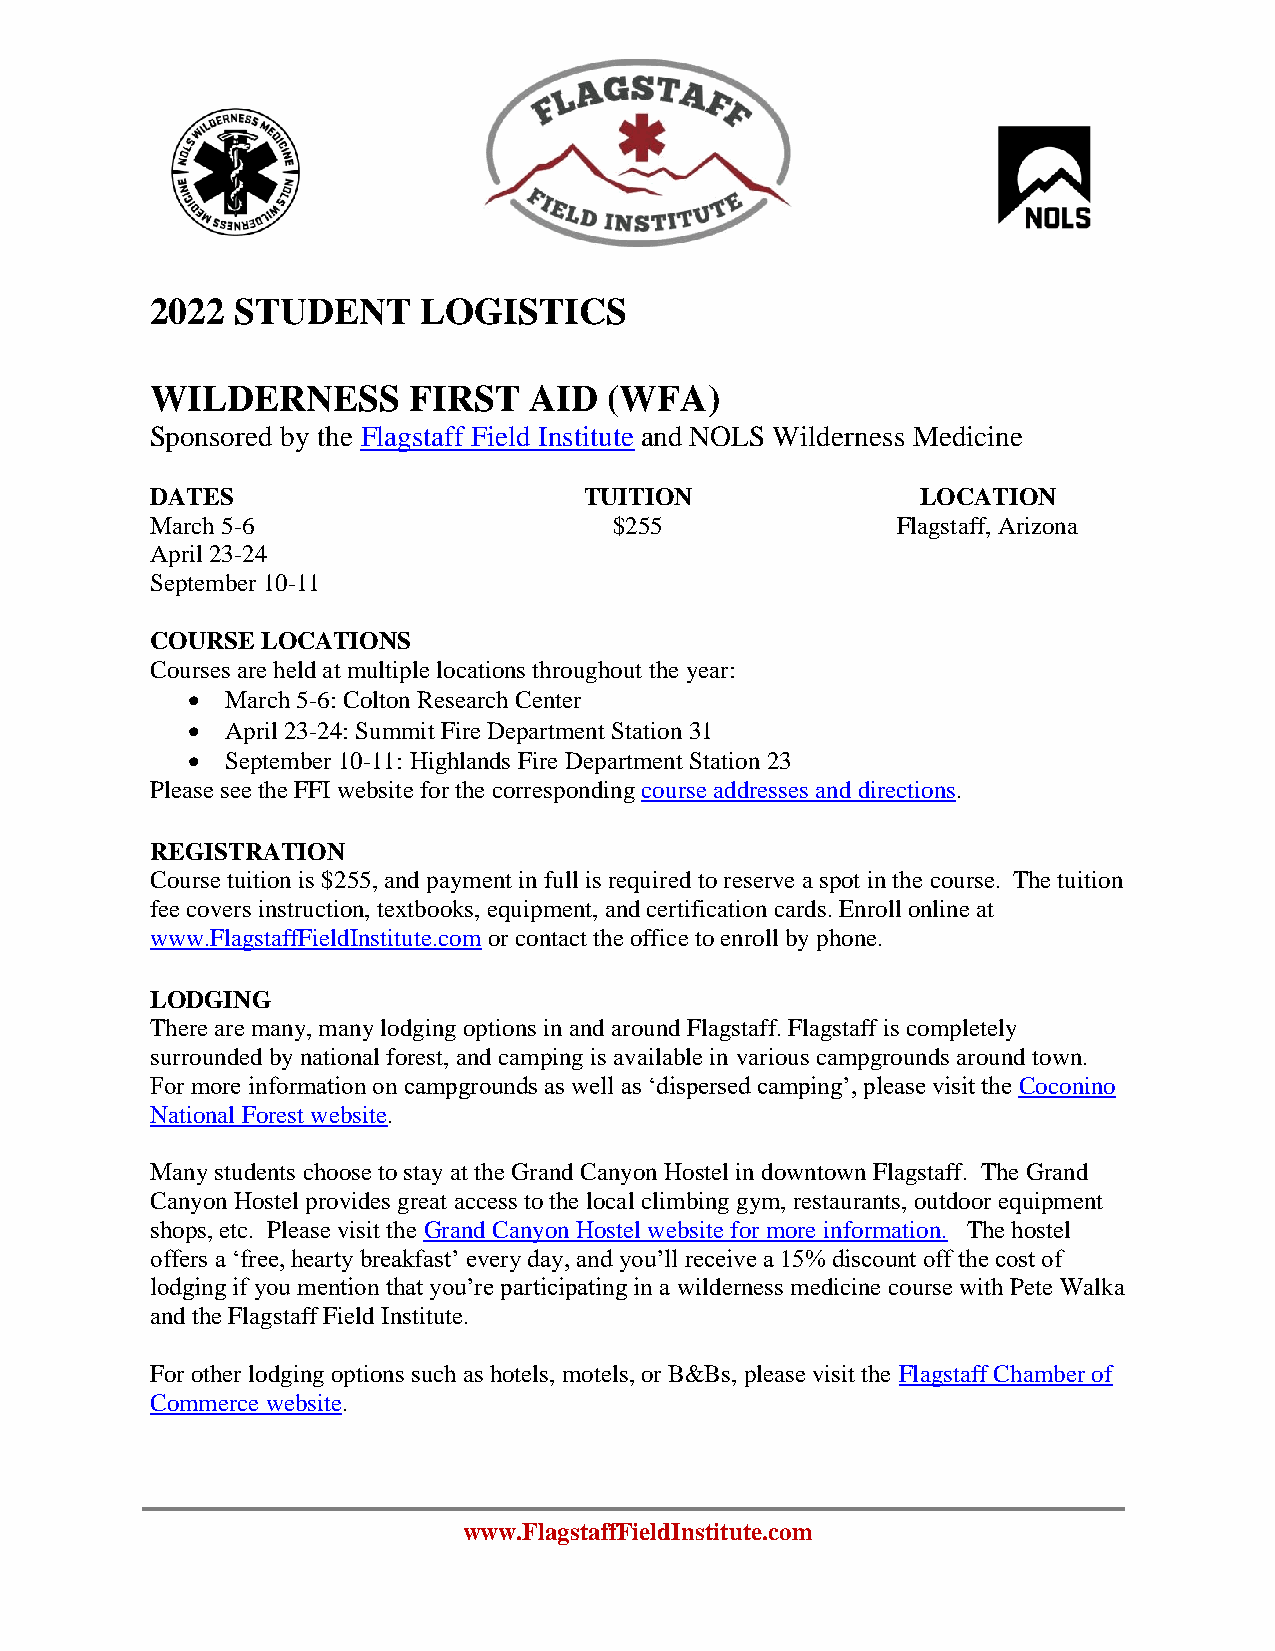
2022  STUDENT     LOGISTICS
 WILDERNESS       FIRST   AID  (WFA)
 Sponsored by the Flagstaff Field Institute and NOLS Wilderness Medicine
 DATES                        TUITION               LOCATION
 March 5-6                      $255              Flagstaff, Arizona
 April 23-24
 September 10-11
 COURSE LOCATIONS
 Courses are held at multiple locations throughout the year:
 •  March 5-6: Colton Research Center
 •  April 23-24: Summit Fire Department Station 31
 •  September 10-11: Highlands Fire Department Station 23
 Please see the FFI website for the corresponding course addresses and directions.
 REGISTRATION
 Course tuition is $255, and payment in full is required to reserve a spot in the course. The tuition
 fee covers instruction, textbooks, equipment, and certification cards. Enroll online at
 www.FlagstaffFieldInstitute.com or contact the office to enroll by phone.
 LODGING
 There are many, many lodging options in and around Flagstaff. Flagstaff is completely
 surrounded by national forest, and camping is available in various campgrounds around town.
 For more information on campgrounds as well as ‘dispersed camping’, please visit the Coconino
 National Forest website.
 Many students choose to stay at the Grand Canyon Hostel in downtown Flagstaff. The Grand
 Canyon Hostel provides great access to the local climbing gym, restaurants, outdoor equipment
 shops, etc. Please visit the Grand Canyon Hostel website for more information. The hostel
 offers a ‘free, hearty breakfast’ every day, and you’ll receive a 15% discount off the cost of
 lodging if you mention that you’re participating in a wilderness medicine course with Pete Walka
 and the Flagstaff Field Institute.
 For other lodging options such as hotels, motels, or B&Bs, please visit the Flagstaff Chamber of
 Commerce website.
 www.FlagstaffFieldInstitute.com